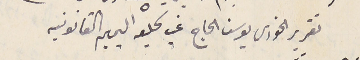
تقرير الخوري يوسف الجاج غب تحليفه اليمين القانونية